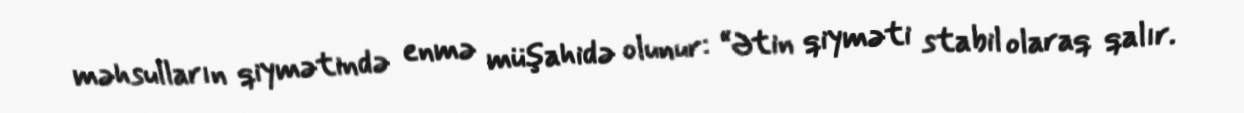
məhsulların qiymətində enmə müşahidə olunur: “Ətin qiyməti stabil olaraq qalır.